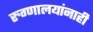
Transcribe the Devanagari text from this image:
रुग्णालयांनाही